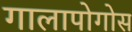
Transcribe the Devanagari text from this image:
गालापोगोस